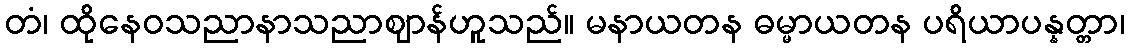
တံ၊ ထိုနေဝသညာနာသညာဈာန်ဟူသည်။ မနာယတန ဓမ္မာယတန ပရိယာပန္နတ္တာ၊